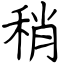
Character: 稍